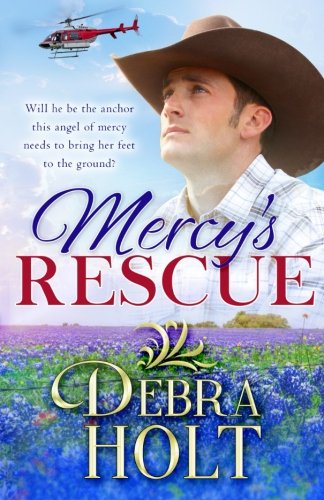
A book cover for Mercy's Rescue; Debra Holt; Romance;